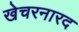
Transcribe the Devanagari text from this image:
खेचरनारद